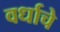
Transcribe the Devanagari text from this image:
वर्धाचे